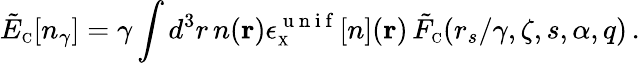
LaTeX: \tilde{E}_{\scriptscriptstyle\mathrm{C}}[n_{\gamma}]=\gamma\int d^{3}r\, n({\mathbf r})\epsilon_{\scriptscriptstyle\mathrm{X}}^{\mathrm{~u~n~i~f~}}[n]({\mathbf r})\, \tilde{F}_{\scriptscriptstyle\mathrm{C}}(r_{s}/\gamma,\zeta,s,\alpha,q)\, .